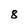
Character: 8